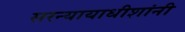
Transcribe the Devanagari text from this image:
सरन्यायाधीशांनी